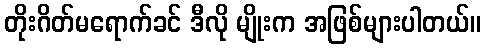
တိုးဂိတ်မရောက်ခင် ဒီလို မျိုးက အဖြစ်များပါတယ်။